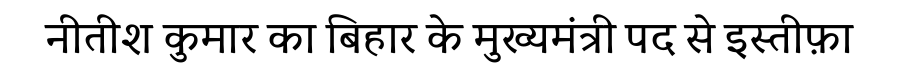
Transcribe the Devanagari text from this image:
नीतीश कुमार का बिहार के मुख्यमंत्री पद से इस्तीफ़ा